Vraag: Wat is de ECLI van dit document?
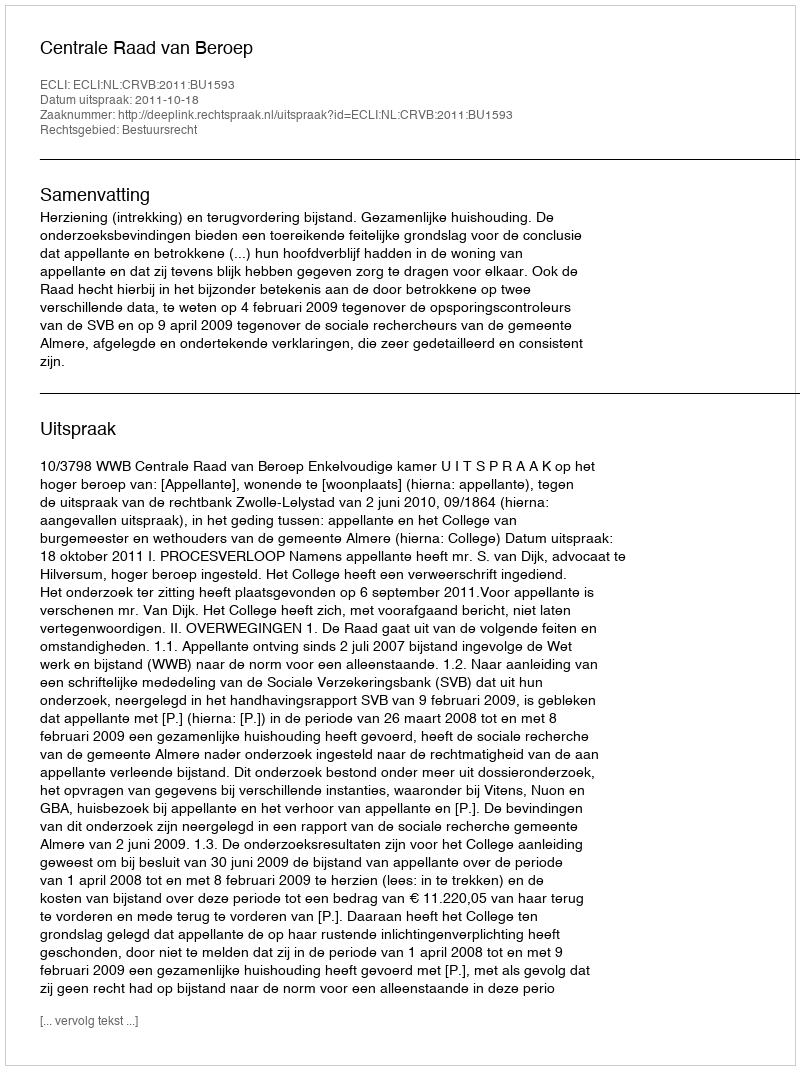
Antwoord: ECLI:NL:CRVB:2011:BU1593